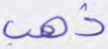
ذهب